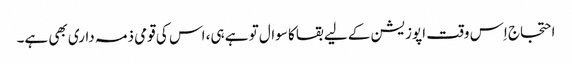
احتجاج اِس وقت اپوزیشن کے لیے بقا کا سوال تو ہے ہی، اس کی قومی ذمہ داری بھی ہے۔